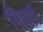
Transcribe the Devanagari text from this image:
विर्सा